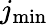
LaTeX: j_{\mathrm{min}}